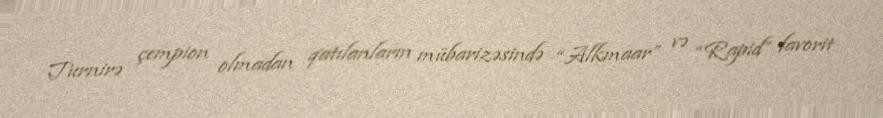
Turnirə çempion olmadan qatılanların mübarizəsində “Alkmaar” və “Rapid” favorit